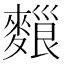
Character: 𪍔